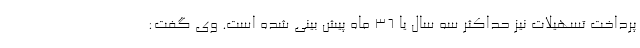
پرداخت تسهیلات نیز حداکثر سه سال یا 36 ماه پیش بینی شده است. وی گفت: